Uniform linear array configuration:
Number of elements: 12
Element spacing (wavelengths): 0.75
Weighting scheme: cosine
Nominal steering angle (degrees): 45
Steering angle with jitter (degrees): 46.213
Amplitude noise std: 0.05
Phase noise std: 0.05

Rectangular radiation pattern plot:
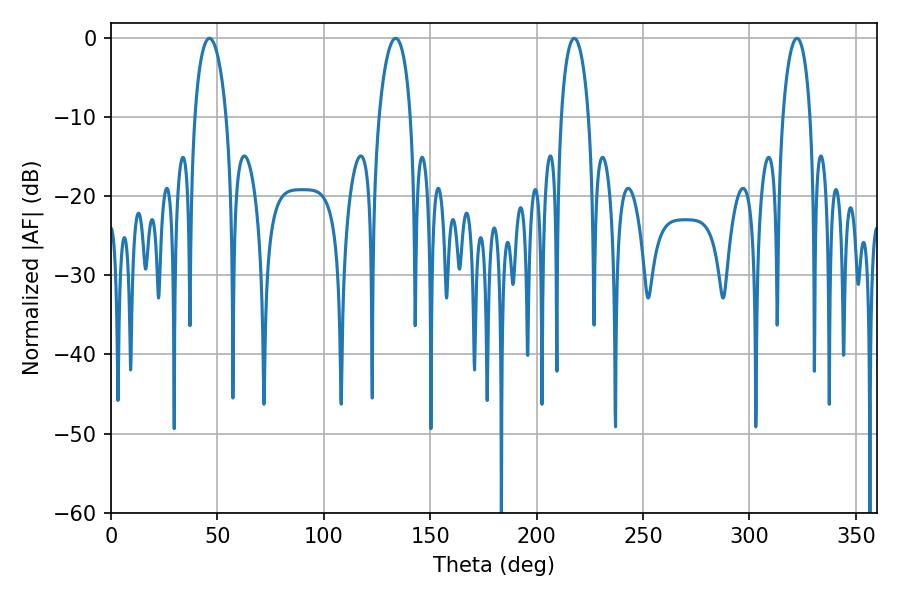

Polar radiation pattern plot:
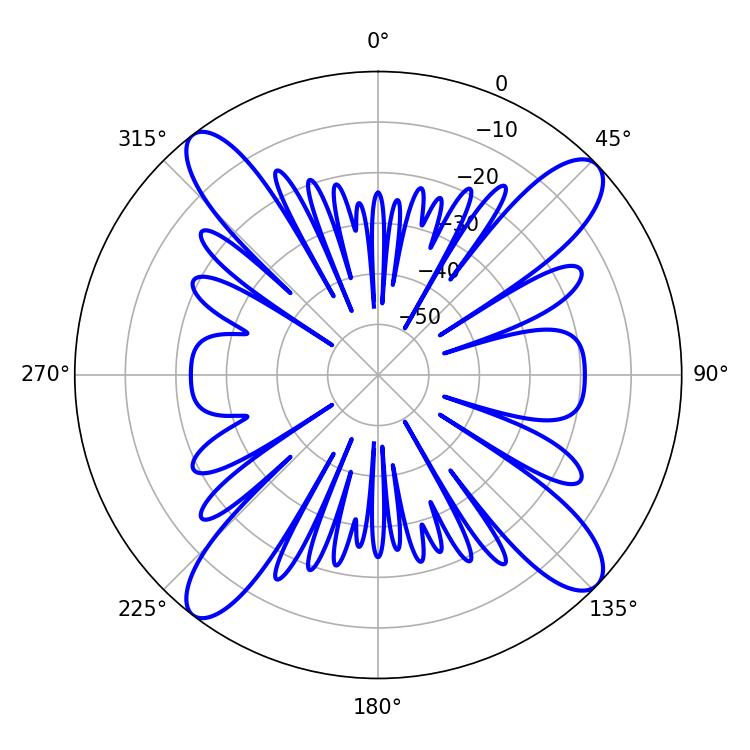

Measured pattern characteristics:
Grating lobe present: TRUE
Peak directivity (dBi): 15.017
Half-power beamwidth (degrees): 8.46
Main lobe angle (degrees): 46.26